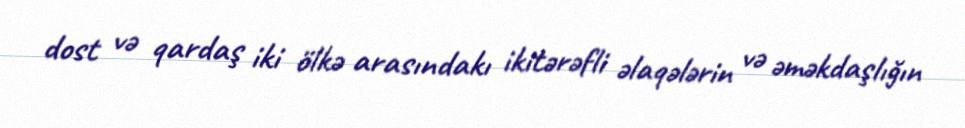
dost və qardaş iki ölkə arasındakı ikitərəfli əlaqələrin və əməkdaşlığın